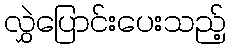
လွှဲပြောင်းပေးသည့်